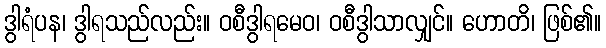
ဒွါရံပန၊ ဒွါရသည်လည်း။ ဝစီဒွါရမေဝ၊ ဝစီဒွါသာလျှင်။ ဟောတိ၊ ဖြစ်၏။